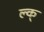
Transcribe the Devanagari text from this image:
ल्क्